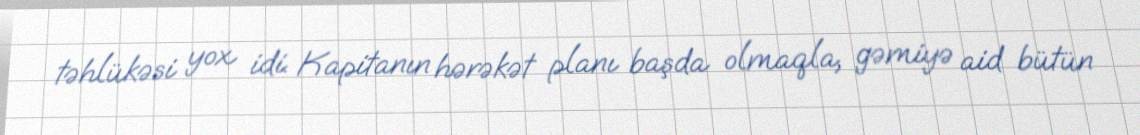
təhlükəsi yox idi. Kapitanın hərəkət planı başda olmaqla, gəmiyə aid bütün